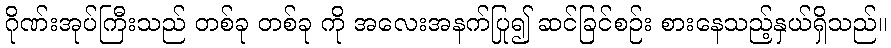
ဂိုဏ်းအုပ်ကြီးသည် တစ်ခု တစ်ခု ကို အလေးအနက်ပြု၍ ဆင်ခြင်စဉ်း စားနေသည့်နှယ်ရှိသည်။